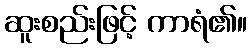
ဆူးစည်းဖြင့် ကာရံ၏။